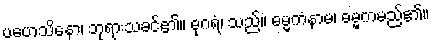
ပဟေသိနော၊ ဘုရားသခင်၏။ ဓုဂရံ၊ သည်။ ဓမ္မကံနာမ၊ ဓမ္မကမည်၏။